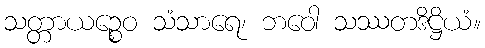
သတ္တာယဉ္စေဝ သံသာရေ၊ ဘဝေါ သဿတဒိဋ္ဌိယံ။